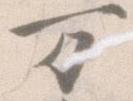
万